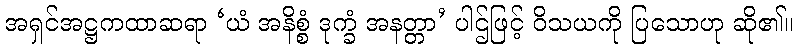
အရှင်အဋ္ဌကထာဆရာ ‘ယံ အနိစ္စံ ဒုက္ခံ အနတ္တာ’ ပါဌ်ဖြင့် ဝိသယကို ပြသောဟု ဆို၏။